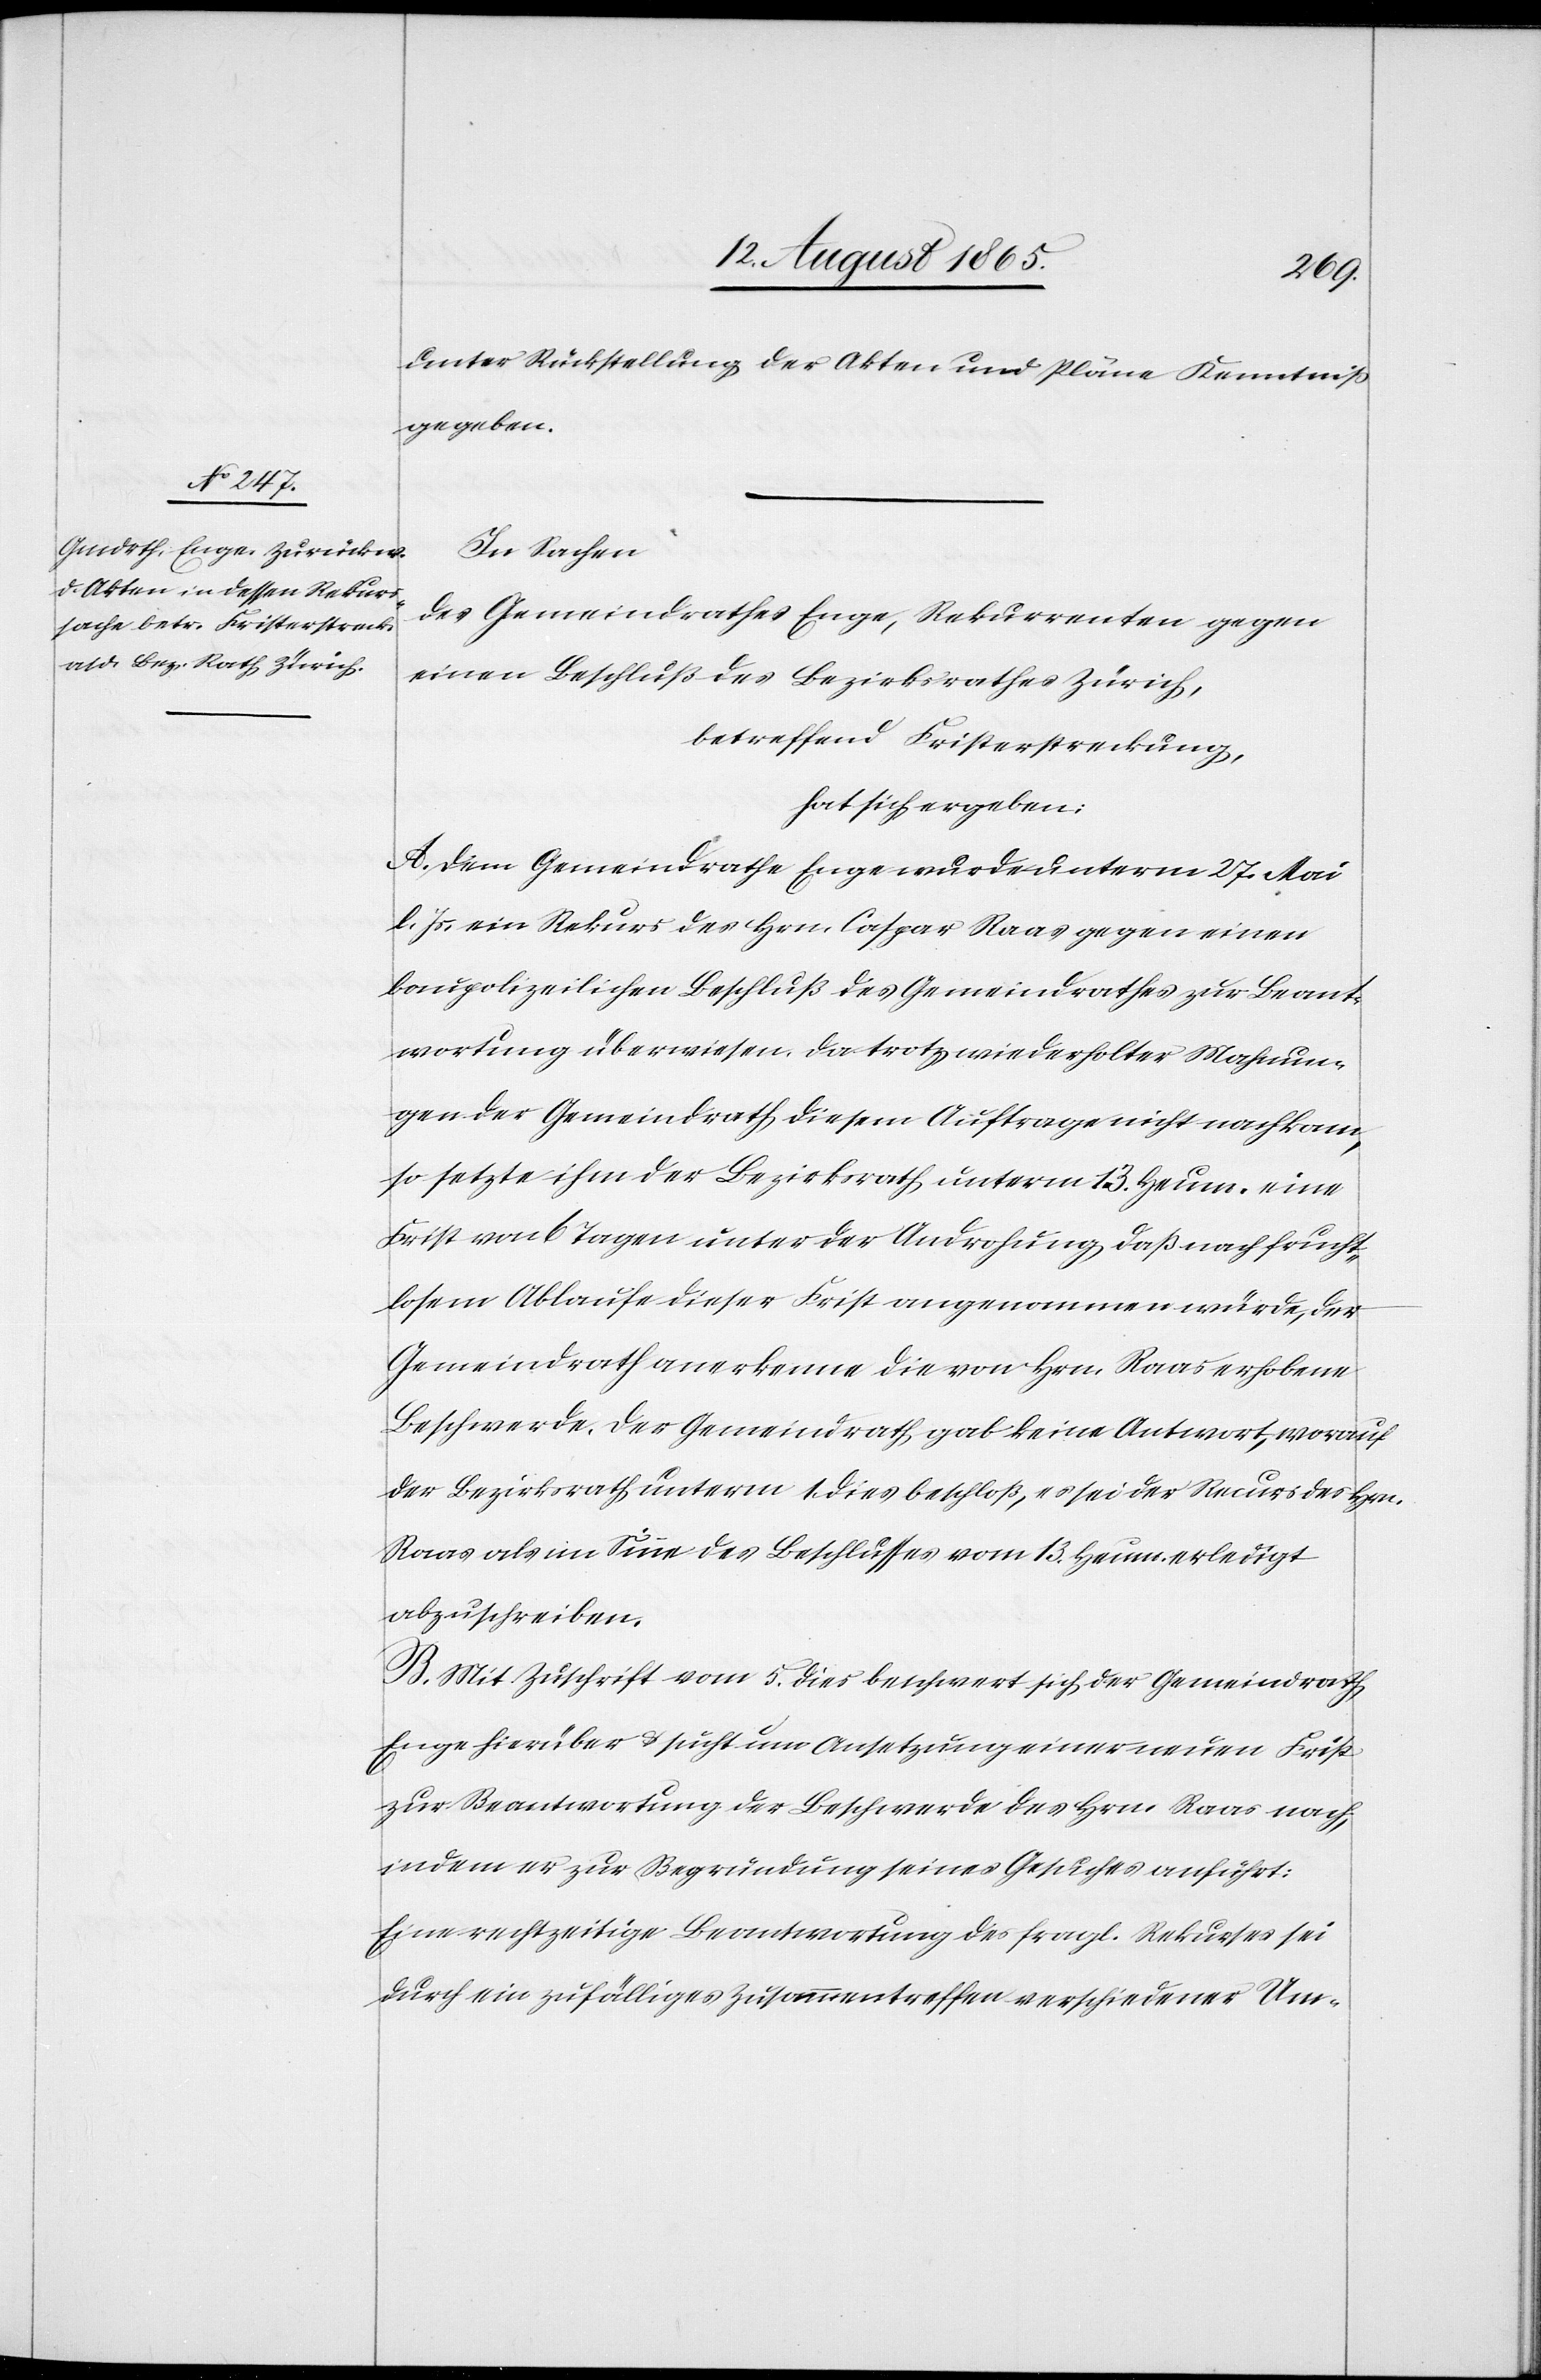
unter Rückstellung der Akten und Pläne Kenntniß
gegeben.
In Sachen
des Gemeindrathes Enge, Rekurrenten gegen
einen Beschluß des Bezirksrathes Zürich,
betreffend Fristerstreckung,
hat sich ergeben:
A. Dem Gemeindrathe Enge wurden unterm 27. Mai
l. Js. ein Rekurs des Hrn. Caspar Raas gegen einen
baupolizeilichen Beschluß des Gemeindrathes zur Beant¬
wortung überwiesen. Da trotz wiederholter Mahnun¬
gen der Gemeindrath diesem Auftrage nicht nachkam,
so setzte ihm der Bezirksrath unterm 13. Heum. eine
Frist von 6 Tagen unter der Androhung daß nach frucht¬
losem Ablaufe dieser Frist angenommen würde, der
Gemeindrath anerkenne die von Hrn. Raas erhobene
Beschwerde. Der Gemeindrath gab keine Antwort, worauf
der Bezirksrath unterm 1 dies beschloß, es sei der Recurs des Hrn.
Raas als im Sinne des Beschlusses vom 13. Heum. erledigt
abzuschreiben.
B. Mit Zuschrift vom 5. dies beschwert sich der Gemeindrath
Enge hierüber u. sucht um Ansetzung einer neuen Frist
zur Beantwortung der Beschwerde des Hrn. Raas nach,
indem er zur Begründung seines Gesuches anführt:
Eine rechtzeitige Beantwortung des fragl. Rekurses sei
durch ein zufälliges Zusammentreffen verschiedener Um-